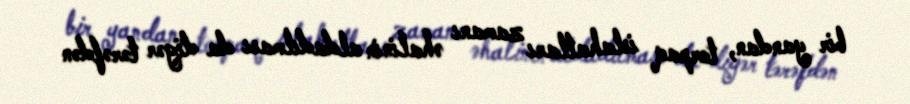
bir yandan, torpaq islahatları zamanı əhalinin aldadılması da digər tərəfdən